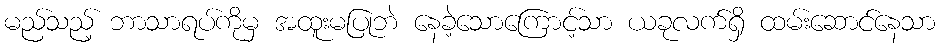
မည်သည့် ဘာသာရပ်ကိုမှ အထူးမပြုဘဲ နေခဲ့သောကြောင့်သာ ယခုလက်ရှိ ထမ်းဆောင်နေသာ